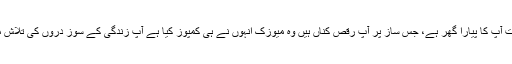
یہ کائنات آپ کا پیارا گھر ہے، جس ساز پر آپ رقص کناں ہیں وہ میوزک انہوں نے ہی کمپوز کیا ہے آپ زندگی کے سوز دروں کی تلاش میں ہیں۔